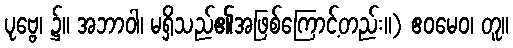
ပုဗ္ဗေ၊ ၌။ အဘာဝါ၊ မရှိသည်၏အဖြစ်ကြောင့်တည်း။) ဧဝမေဝ၊ တူ။